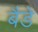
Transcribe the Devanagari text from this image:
बैडे